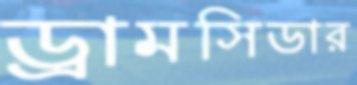
ড্রামসিডার